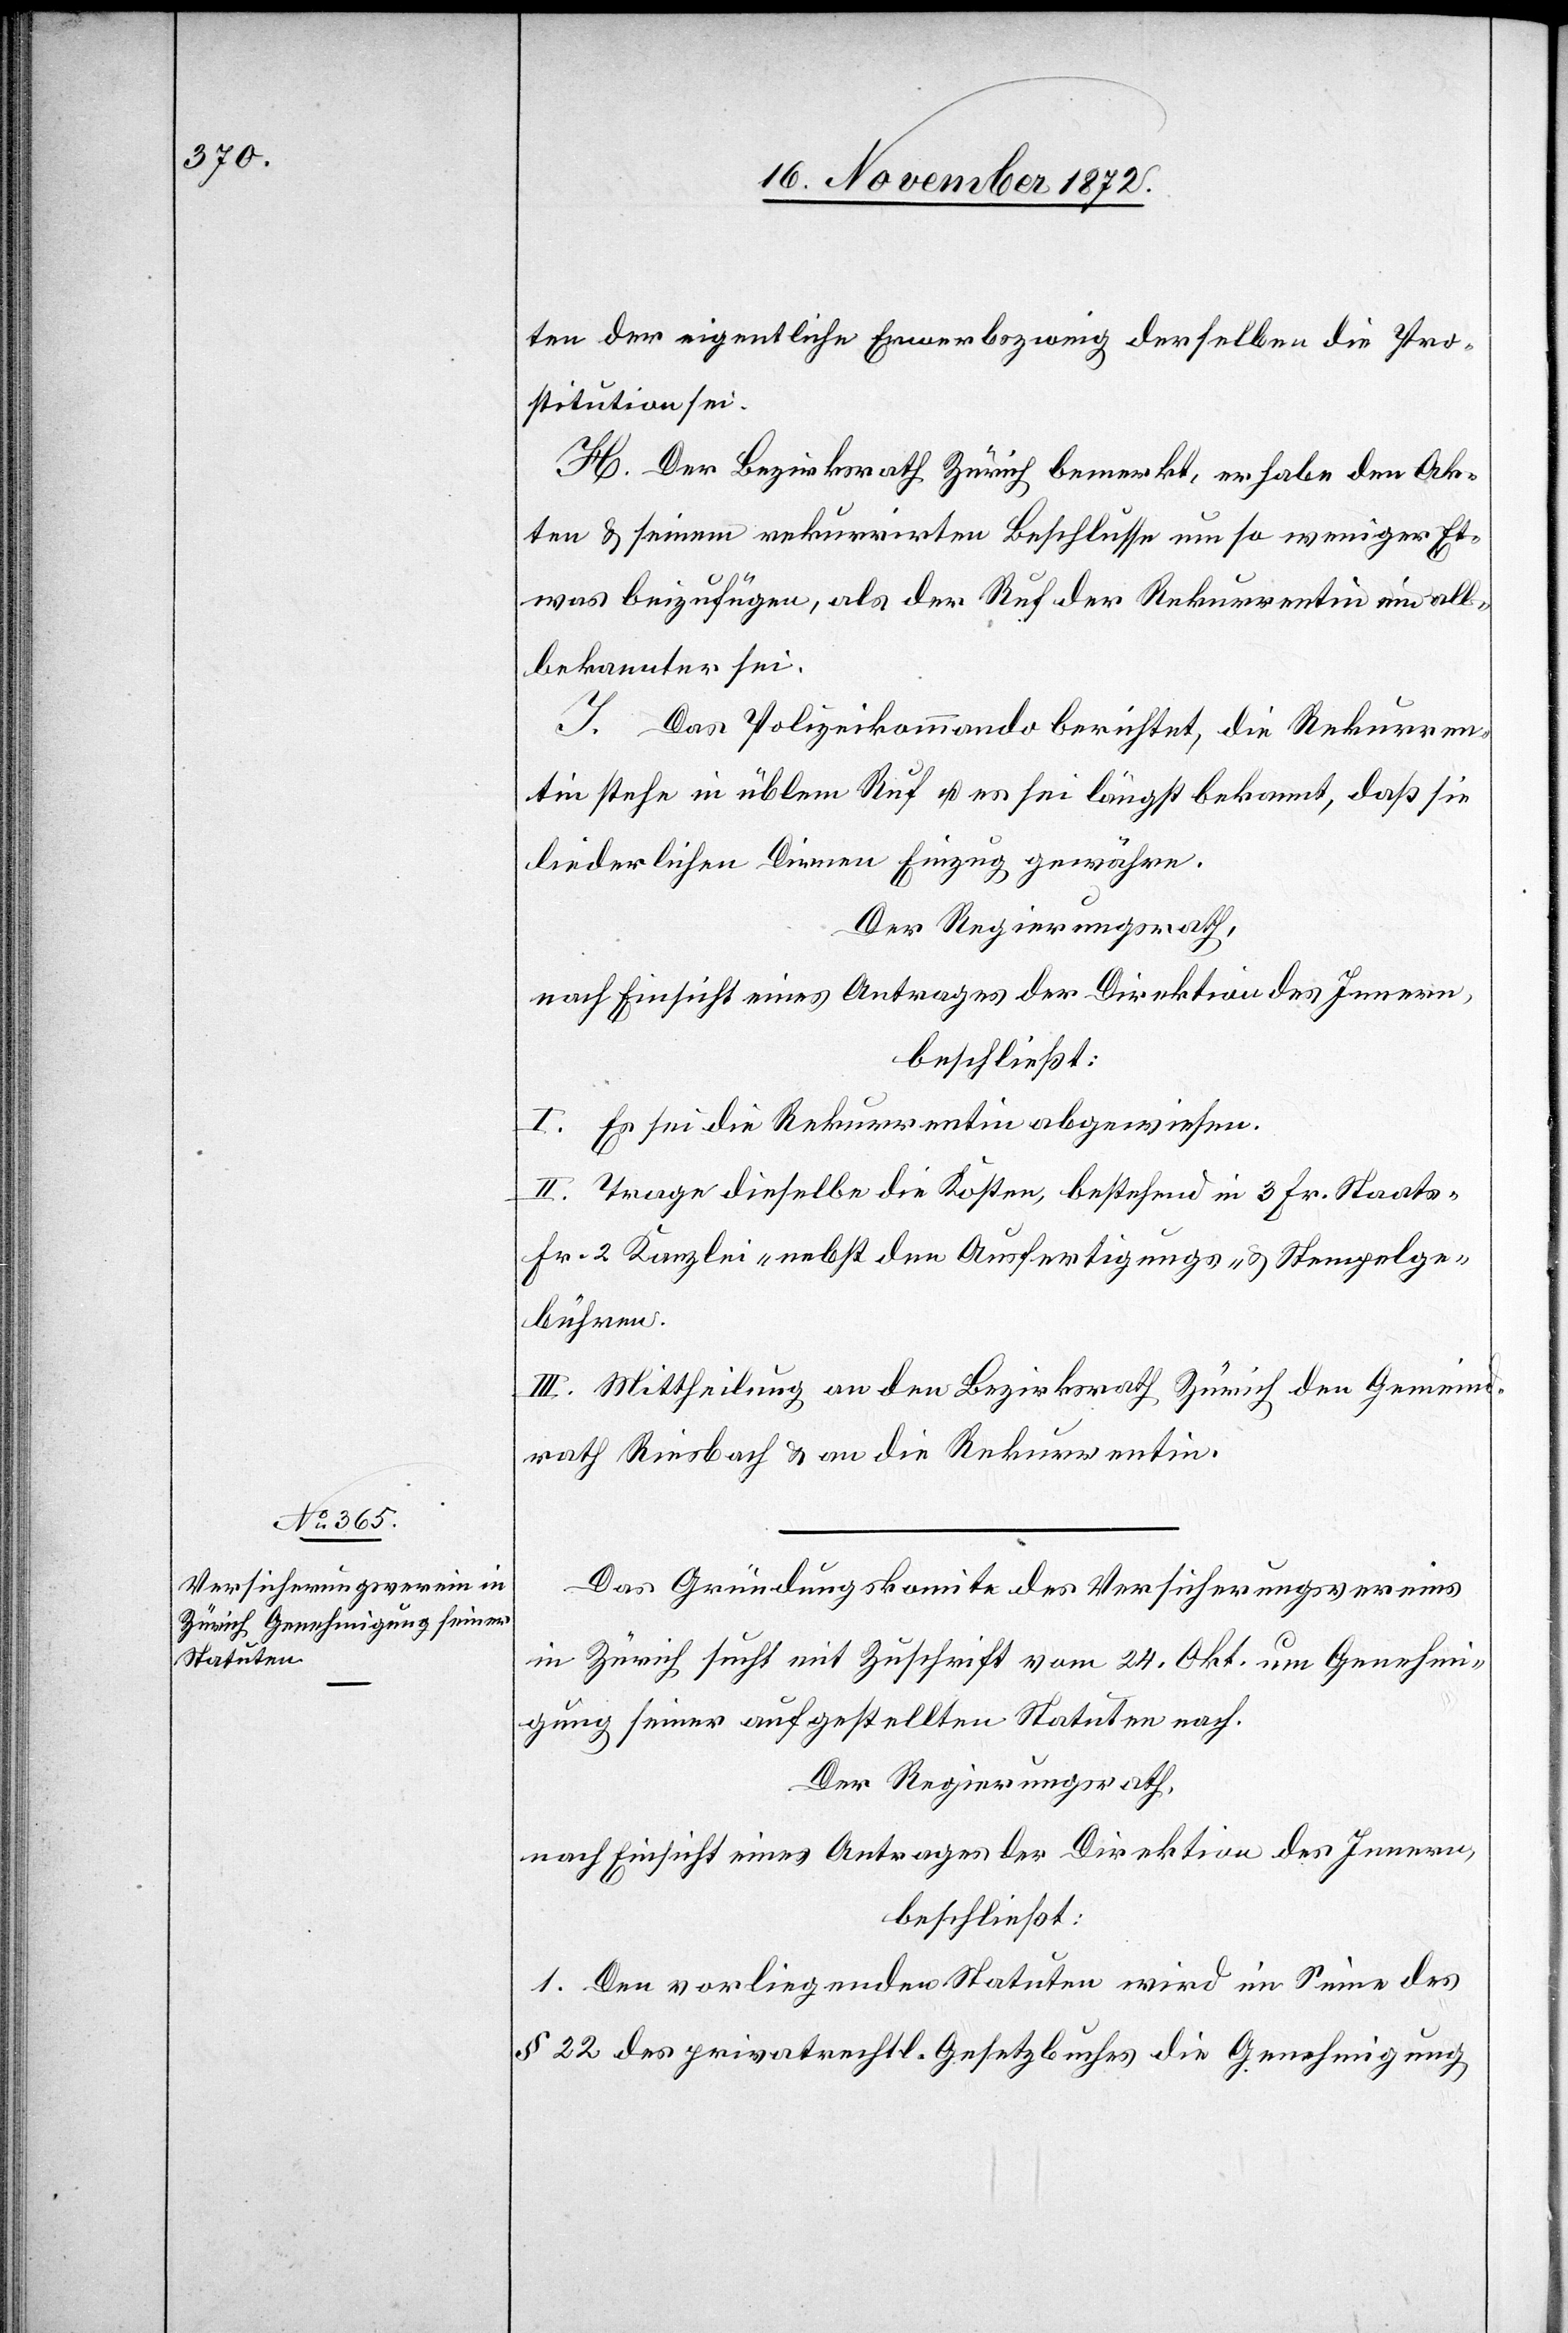
ten der eigentliche Erwerbszweig derselben die Pro¬
stitution sei.
H. Der Bezirksrath Zürich bemerkt, er habe der Ak¬
ten u. seinem rekurrirten Beschlusse um so weniger Et¬
was beizufügen, als der Ruf der Rekurrentin ein all¬
bekannter sei.
I. Das Polizeikommando berichtet, die Rekurren¬
tin stehe in üblem Ruf u. es sei längst bekannt, daß sie
liederlichen Dirnen Einzug gewähre.
Der Regierungsrath,
nach Einsicht eines Antrages der Direktion des Innern,
beschließt:
I. Es sei die Rekurrentin abgewiesen.
II. Trage dieselbe die Kosten, bestehend in 3 Fr. Staats-
Fr. 2 Kanzlei- nebst den Ausfertigungs- u. Stempelge¬
bühren.
III. Mittheilung an den Bezirksrath Zürich den Gemeind¬
rath Riesbach u. an die Rekurrentin.
Das Gründungskomite des Versicherungsvereins
in Zürich sucht mit Zuschrift vom 24. Okt. um Genehmi¬
gung seiner aufgestellten Statuten nach.
Der Regierungsrath,
nach Einsicht eines Antrages der Direktion des Innern,
beschließt:
1. Den vorliegenden Statuten wird im Sinne des
§ 22 des privatrechtl. Gesetzbuches die Genehmigung